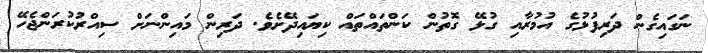
ނަގައިގެން ދަރިފުޅުގެ އުމުރާއި ގުޅޭ ގޮތުން ކަންތައްތައް ކިޔައިދޭށެވެ. ދަރިން މައިންނަށް ސިއްރުކުރަންޖެހޭ